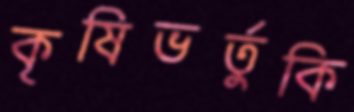
কৃষিভর্তুকি